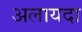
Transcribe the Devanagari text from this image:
अलायदा